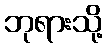
ဘုရားသို့